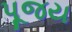
પૂજય